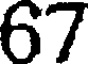
67